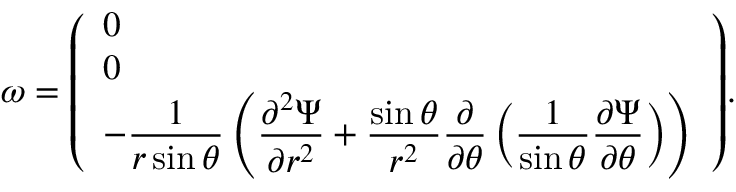
{ \boldsymbol { \omega } } = { \left( \begin{array} { l } { 0 } \\ { 0 } \\ { \displaystyle - { \frac { 1 } { r \sin \theta } } \left( { \frac { \partial ^ { 2 } \Psi } { \partial r ^ { 2 } } } + { \frac { \sin \theta } { r ^ { 2 } } } { \frac { \partial } { \partial \theta } } \left( { \frac { 1 } { \sin \theta } } { \frac { \partial \Psi } { \partial \theta } } \right) \right) } \end{array} \right) } .